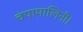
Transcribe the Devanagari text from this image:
चंपामालिनी।